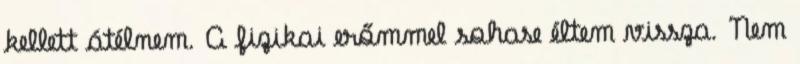
kellett átélnem. A fizikai erőmmel sohase éltem vissza. Nem